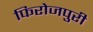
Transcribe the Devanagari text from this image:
फिरोजपुरी